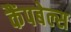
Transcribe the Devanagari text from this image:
कैंपबेल्स